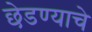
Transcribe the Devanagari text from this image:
छेडण्याचे